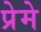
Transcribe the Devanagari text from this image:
प्रेमे